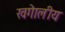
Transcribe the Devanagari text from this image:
खगेालीय